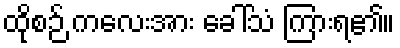
ထိုစဉ် ကလေးအား ခေါ်သံ ကြားရ၏။